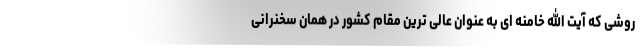
روشی که آیت الله خامنه ای به عنوان عالی ترین مقام کشور در همان سخنرانی